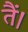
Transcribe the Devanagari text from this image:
तैं।